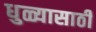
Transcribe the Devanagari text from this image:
धुळ्यासाठी